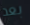
بعد